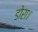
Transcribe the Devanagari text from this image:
डोरा।